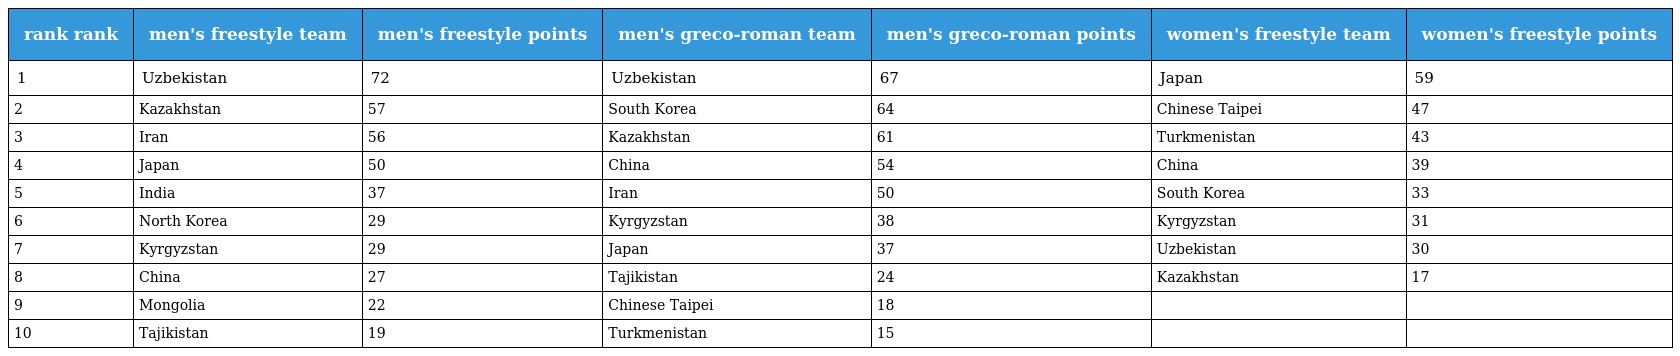
| rank rank | men's freestyle team | men's freestyle points | men's greco-roman team | men's greco-roman points | women's freestyle team | women's freestyle points |
 | --- | --- | --- | --- | --- | --- | --- |
 | 1 | Uzbekistan | 72 | Uzbekistan | 67 | Japan | 59 |
 | 2 | Kazakhstan | 57 | South Korea | 64 | Chinese Taipei | 47 |
 | 3 | Iran | 56 | Kazakhstan | 61 | Turkmenistan | 43 |
 | 4 | Japan | 50 | China | 54 | China | 39 |
 | 5 | India | 37 | Iran | 50 | South Korea | 33 |
 | 6 | North Korea | 29 | Kyrgyzstan | 38 | Kyrgyzstan | 31 |
 | 7 | Kyrgyzstan | 29 | Japan | 37 | Uzbekistan | 30 |
 | 8 | China | 27 | Tajikistan | 24 | Kazakhstan | 17 |
 | 9 | Mongolia | 22 | Chinese Taipei | 18 |  |  |
 | 10 | Tajikistan | 19 | Turkmenistan | 15 |  |  |